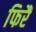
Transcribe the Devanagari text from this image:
फिरैं